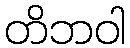
တိဘဝါ